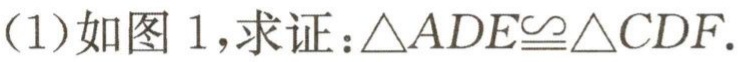
(1)如图 1，求证：\(\triangle ADE\cong\triangle CDF\).